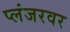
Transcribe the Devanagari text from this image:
प्लंजरवर